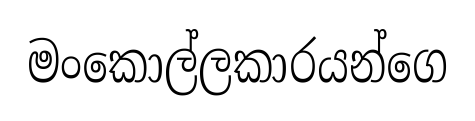
මංකොල්ලකාරයන්ගෙ